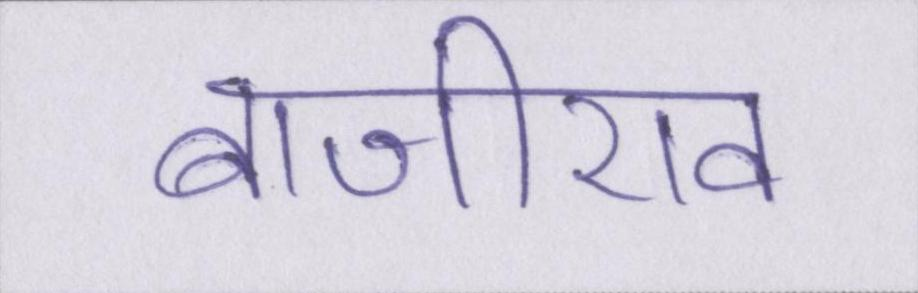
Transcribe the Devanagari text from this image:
बाजीराव